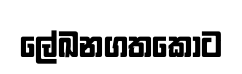
ලේඛනගතකොට